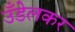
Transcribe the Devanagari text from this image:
उँडेलकर